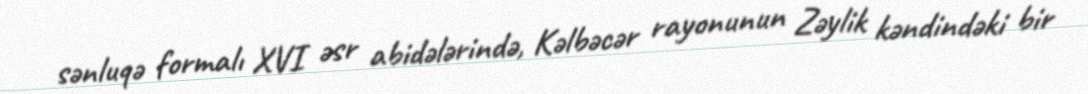
sənluqə formalı XVI əsr abidələrində, Kəlbəcər rayonunun Zəylik kəndindəki bir